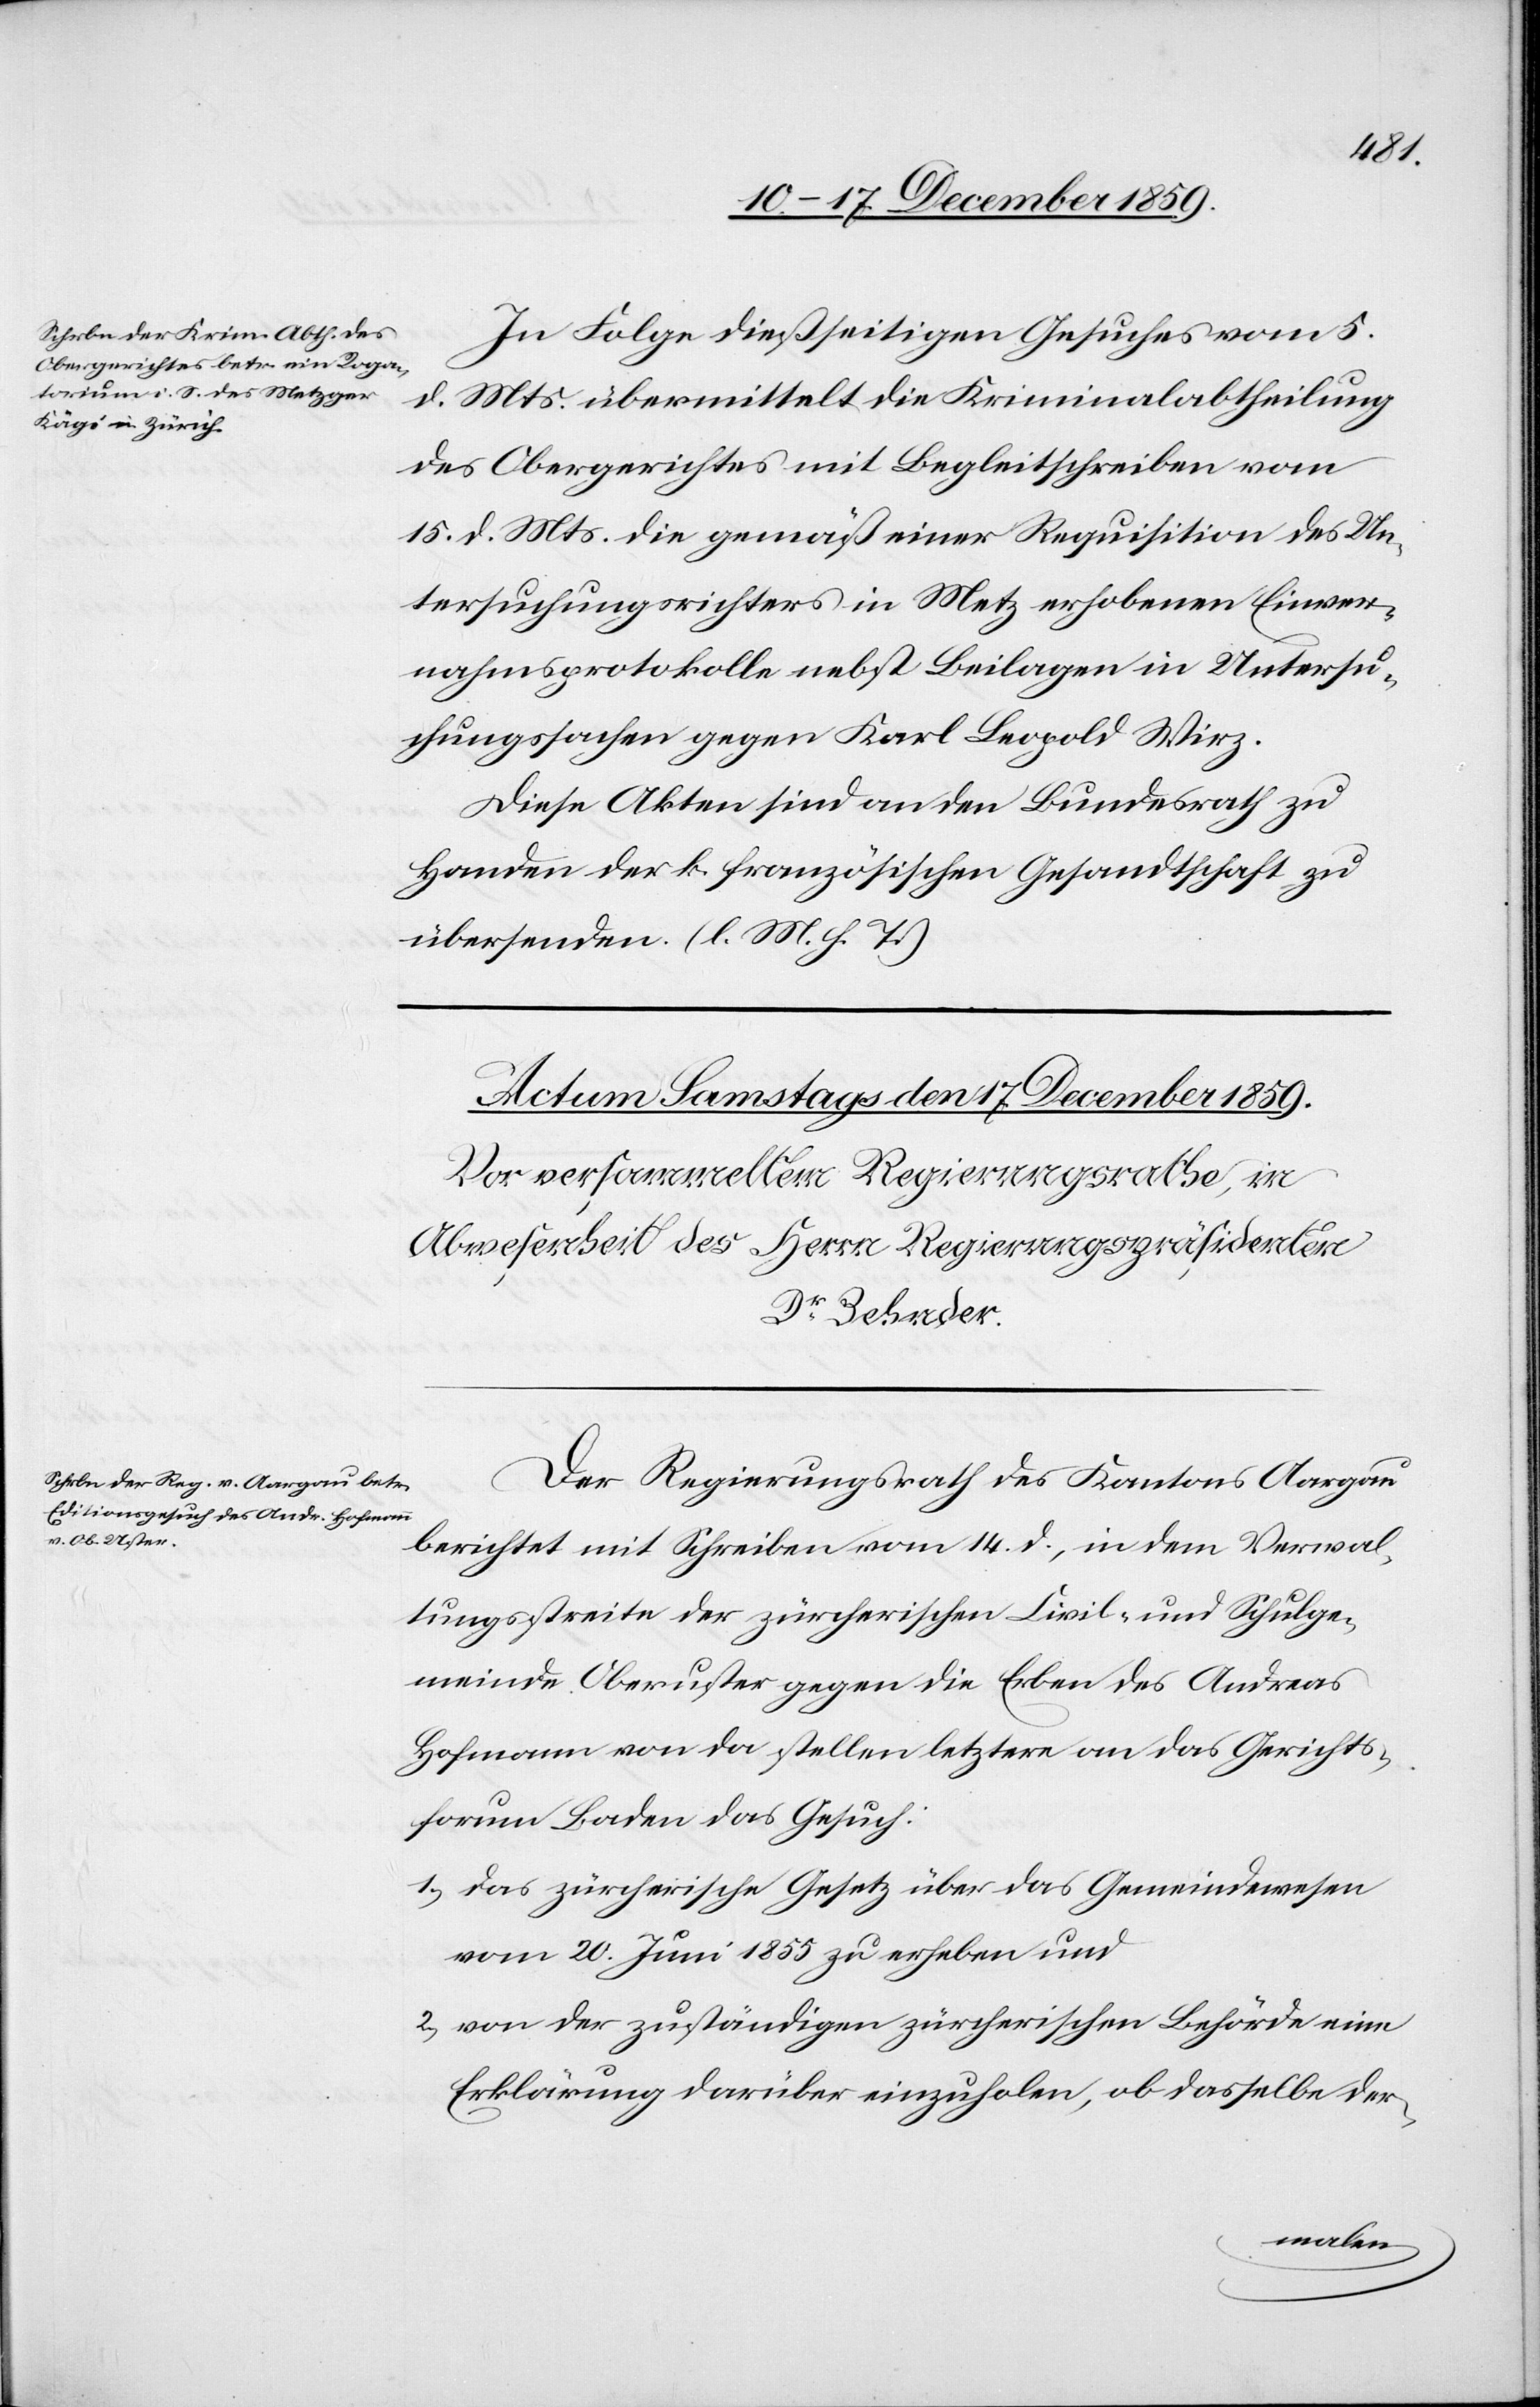
den 16. December 1859.]
In Folge dießseitigen Gesuches vom 5.
d. Mts. übermittelt die Kriminalabtheilung
des Obergerichtes mit Begleitschreiben vom
15. d. Mts. die gemäß einer Requisition des Un¬
tersuchungsrichters in Metz erhobenen Einver¬
nahmsprotokolle nebst Beilagen in Untersu¬
chungssachen gegen Karl Leopold Wirz.
Diese Akten sind an den Bundesrath zu
Handen der k. französischen Gesandtschaft zu
übersenden. (l. M. h. T.)
Der Regierungsrath des Kantons Aargau
berichtet mit Schreiben vom 14. d., in dem Verwal¬
tungsstreite der zürcherischen Civil- und Schulge¬
meinde Oberuster gegen die Erben des Andreas
Hofmann von da stellen letztere an das Gerichts¬
forum Baden das Gesuch:
1.) das zürcherische Gesetz über das Gemeindewesen
vom 20. Juni 1855 zu erheben und
2.) von der zuständigen zürcherischen Behörde eine
Erklärung darüber einzuholen, ob dasselbe der-